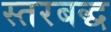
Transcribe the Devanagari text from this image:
स्तरबद्ध